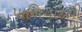
પાળિયાદથી